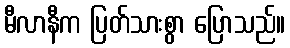
မီလာနီက ပြတ်သားစွာ ပြောသည်။